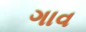
ગાવ